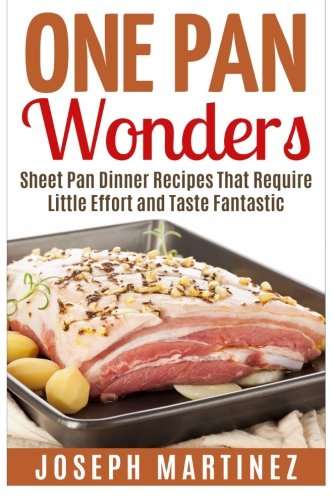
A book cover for One Pan Wonders: Sheet Pan Supper Recipes That Require Little Effort and Taste Fantastic; Joseph Martinez; Cookbooks, Food & Wine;